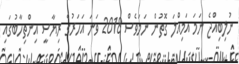
ނުލިބިއްޖެ ނަމަ އަމިއްލަ ގޮތުން ނަމަވެސް 2018 ވަނަ އަހަރުގެ ރިޔާސީ އިންތިހާބުގައި